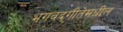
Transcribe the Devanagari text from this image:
भगवद्‍गीतेमधील